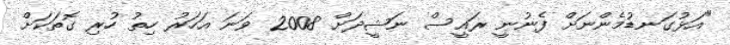
"އަޅުގަނޑުމެންނަށް ފެނުނީ ރައީސް ނަޝީދަށް 2008 ވަނަ އަހަރު ހިތު ހުރި ގޮތަކަށް